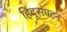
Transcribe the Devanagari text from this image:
हिंदूसंघटन